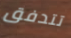
تتدفق